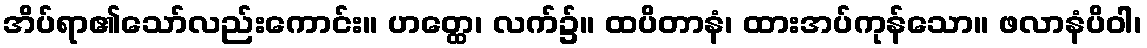
အိပ်ရာ၏သော်လည်းကောင်း။ ဟတ္ထေ၊ လက်၌။ ထပိတာနံ၊ ထားအပ်ကုန်သော။ ဖလာနံပိဝါ၊